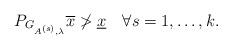
LaTeX: \begin{align*}P_{G_{A^{(s)},\lambda}} \overline{x}\not>\underline{x}\quad\forall s=1,\ldots,k.\end{align*}